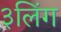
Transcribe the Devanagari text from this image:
३लिंग